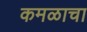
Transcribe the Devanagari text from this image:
कमळाचा